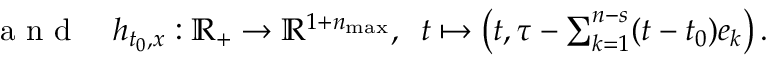
\begin{array} { r l } { \mathrm { ~ a ~ n ~ d ~ } } & { { } h _ { t _ { 0 } , x } : \mathbb { R } _ { + } \to \mathbb { R } ^ { 1 + n _ { \operatorname* { m a x } } } , \; \; t \mapsto \left( t , \tau - \sum _ { k = 1 } ^ { n - s } ( t - t _ { 0 } ) e _ { k } \right) . } \end{array}